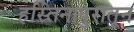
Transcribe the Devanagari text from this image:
हस्तिनापुरातून